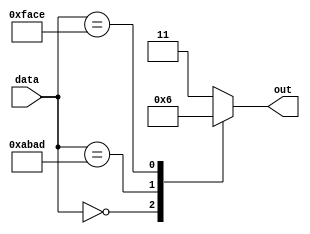
/*
    Copyright 2011 Carlos Barreto	

    This program is free software: you can redistribute it and/or modify
    it under the terms of the GNU General Public License as published by
    the Free Software Foundation, either version 3 of the License, or
    (at your option) any later version.

    This program is distributed in the hope that it will be useful,
    but WITHOUT ANY WARRANTY; without even the implied warranty of
    MERCHANTABILITY or FITNESS FOR A PARTICULAR PURPOSE.  See the
    GNU General Public License for more details.

    You should have received a copy of the GNU General Public License
    along with this program.  If not, see <http://www.gnu.org/licenses/>.
*/

module coder_vector #(
	parameter size = 16,
	parameter data_a = 16'habad,
	parameter data_b = 16'hface
)(
	input [size-1:0] data,
	output reg [1:0] out
);




always @(*) begin
	case(data)
		{size{1'b0}}:
			out = 2'b00;
		data_a:
			out = 2'b01;
		data_b:	
			out = 2'b10;
		default:
			out = 2'b11;
	endcase
end


endmodule